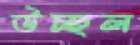
উচ্ছল